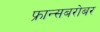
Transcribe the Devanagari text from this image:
फ्रान्सबरोबर